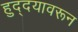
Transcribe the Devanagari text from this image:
हुद्दयावरून